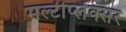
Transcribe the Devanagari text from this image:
मल्टीप्लेक्सर